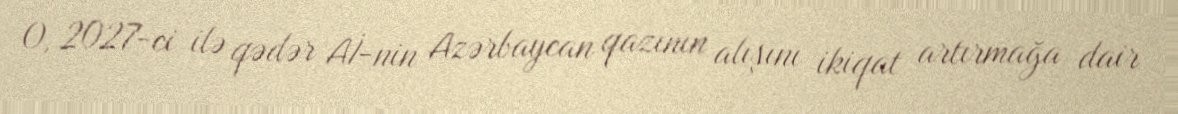
O, 2027-ci ilə qədər Aİ-nin Azərbaycan qazının alışını ikiqat artırmağa dair